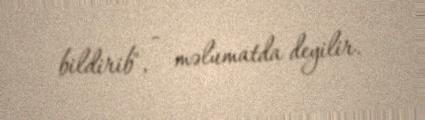
bildirib", - məlumatda deyilir.